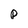
Character: p